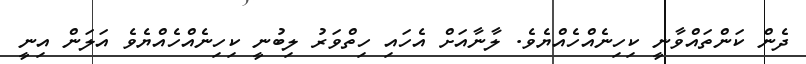
ދެން ކަންތައްވާނީ ކިހިނެއްހެއްޔެވެ. ލާނާއަށް އެހައި ހިތްވަރު ލިބުނީ ކިހިނެއްހެއްޔެވެ އަލަން އިނީ